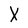
Character: X